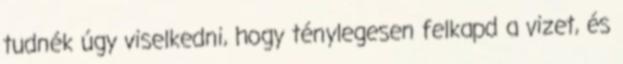
tudnék úgy viselkedni, hogy ténylegesen felkapd a vizet, és